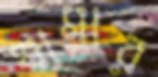
ঘামার